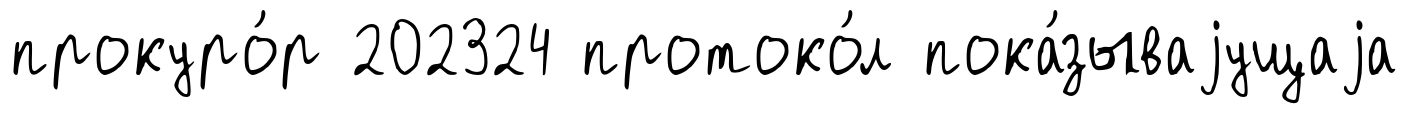
прокуро́р 202324 протоко́л пока́зываjущаjа